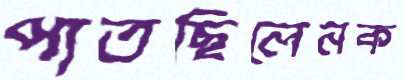
পাতছিলেনক